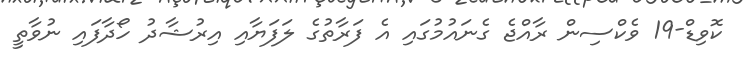
ކޮވިޑް-19 ވެކްސިން ރާއްޖެ ގެނައުމުގައި އެ ފަރާތުގެ ލަފަޔާއި އިރުޝާދު ހޯދާފައި ނުވާތީ